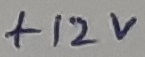
Text: +12V